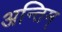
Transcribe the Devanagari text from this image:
अन्तिम्